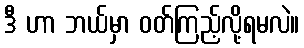
ဒီ ဟာ ဘယ်မှာ ဝတ်ကြည့်လို့ရမလဲ။